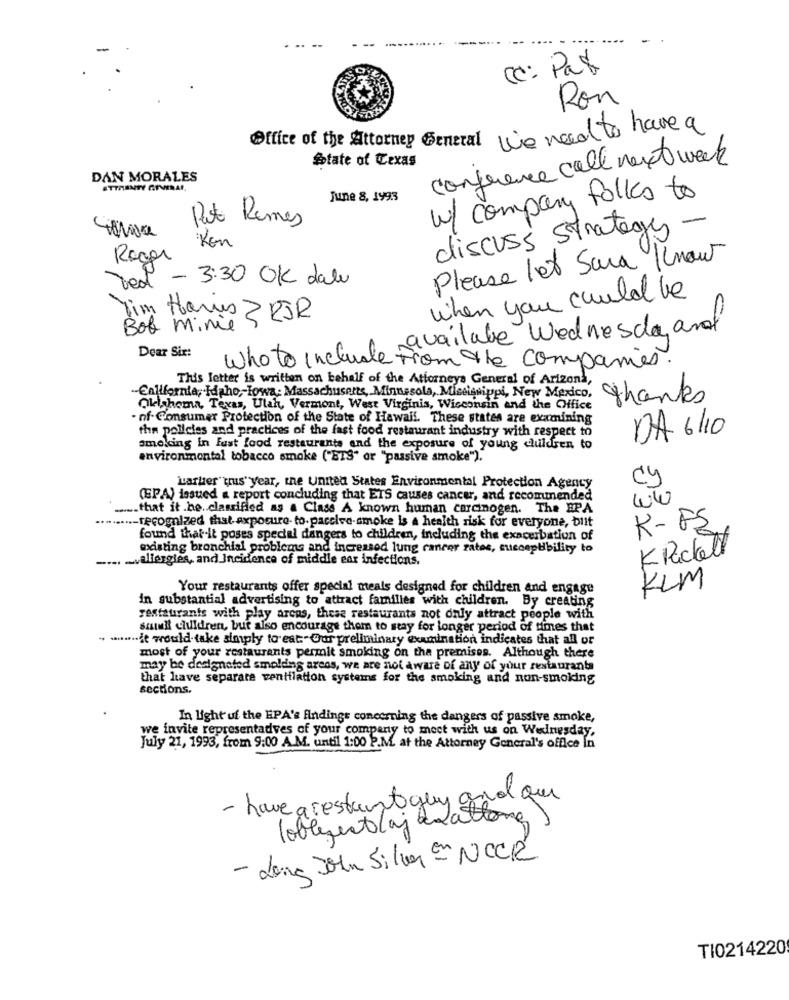
cc: Par
Ron
Office of the Attorney General We need to have a
State of texas
conference call next week
DAN MORALES
STTIENTY GTVIRAL
June 8, 1993
w/ company folks to
Rot Remes
discuss Strategy -
Kon
Roger
Please let Sara Knout
red - 3:30 OK dal
when you could be
Yim Horus 2 RJR
Bob minie
available Wednesday and
Dear Sir:
who to include From the companies.
This letter is written on behalf of the Attorneys General of Arizona,
-California, Idaho ,- Iowa: Massachusens, Minussola, Miseissippi, New Mexico,
thanks
Oklahoma, Texas, Ulah, Vermont, West Virginia, Wisconsin and the Office
. nf- Consumer Protection of the State of Hawaii. These states are examining
the policies and practices of the fast food restaurant industry with respect to
DA 6/10
smoking in Fast food restaurants and the exposure of young duldren to
environmental tobacco smoke ("BIS" or "passive smoke").
Larter" trus" year, the United States Environmental Protection Agency
cy
(EPA) issued a report concluding that ETS causes cancer, and recommended
that it be classified as a Clase A known human carcinogen. The EPA
........- recognized that axposure- to-paccive-smoke is A health risk for everyone, bilt
K-FS
found that-it poses special dangers to children, including the exacerbation of
wasting bronchial problems and increased lung cancer rates, succepHbility to
KPackett
. ... allergies, and Incidence of middle ear infections.
KLM
Your restaurants offer special meals designed for children and engage
in substantial advertising to attract families with children. By creating
restaurants with play arcos, these restaurants not only attract people with
salut children, but also encourage thom to stay for longer period of times that
.... de would take simply to eat-Our preliminary examination indicates that all or
most of your restaurants permit smoking on the premises. Although there
may be designated smelding areas, we are not aware of any of your restaurants
that have separate ventilation systems for the smoking and non-smoking
sections.
In light uf the EPA's findings concerning the dangers of passive smoke,
we invite representadves of your company to meet with us on Wednesday,
July 21, 1993, from 9:00 A.M. until 1:00 P.M. at the Attorney General's office In
- have a restant guy and que
loblement (aj alattone
- Long John Silver en NOCR
TI0214220